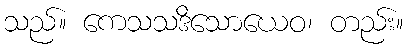
သည်။ ကေသသဒိသောယေဝ၊ တည်း။